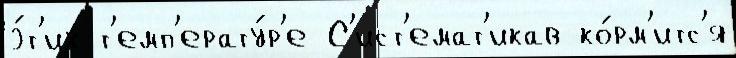
э́т'их т'емп'ерату́р'е С'ист'емат'икав ко́рм'итс'я